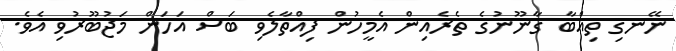
ނޭނގި ތިއްބާ ގާނޫނުގެ ތެރެއިން އެމީހުން ފިއްތާލެވި ބަސް އަހަން މަޖުބޫރުވި އެވެ.